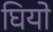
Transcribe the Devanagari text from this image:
घियो